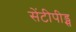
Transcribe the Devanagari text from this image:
सेंटीपीड्स